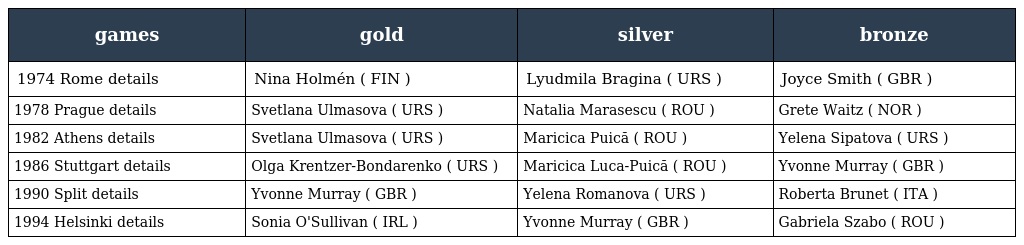
| games | gold | silver | bronze |
 | --- | --- | --- | --- |
 | 1974 Rome details | Nina Holmén ( FIN ) | Lyudmila Bragina ( URS ) | Joyce Smith ( GBR ) |
 | 1978 Prague details | Svetlana Ulmasova ( URS ) | Natalia Marasescu ( ROU ) | Grete Waitz ( NOR ) |
 | 1982 Athens details | Svetlana Ulmasova ( URS ) | Maricica Puică ( ROU ) | Yelena Sipatova ( URS ) |
 | 1986 Stuttgart details | Olga Krentzer-Bondarenko ( URS ) | Maricica Luca-Puică ( ROU ) | Yvonne Murray ( GBR ) |
 | 1990 Split details | Yvonne Murray ( GBR ) | Yelena Romanova ( URS ) | Roberta Brunet ( ITA ) |
 | 1994 Helsinki details | Sonia O'Sullivan ( IRL ) | Yvonne Murray ( GBR ) | Gabriela Szabo ( ROU ) |